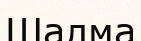
Шалма